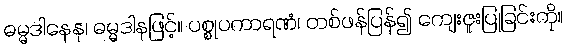
ဓမ္မဒါနေန၊ ဓမ္မဒါနဖြင့်။ ပစ္စုပကာရဏံ၊ တစ်ဖန်ပြန်၍ ကျေးဇူးပြုခြင်းကို။